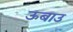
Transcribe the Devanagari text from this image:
ऊबाउ